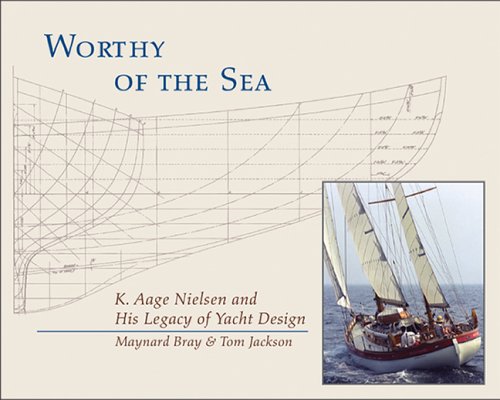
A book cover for Worthy of the Sea: K. Aage Nielsen and His Legacy of Yacht Design; Maynard Bray; Arts & Photography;